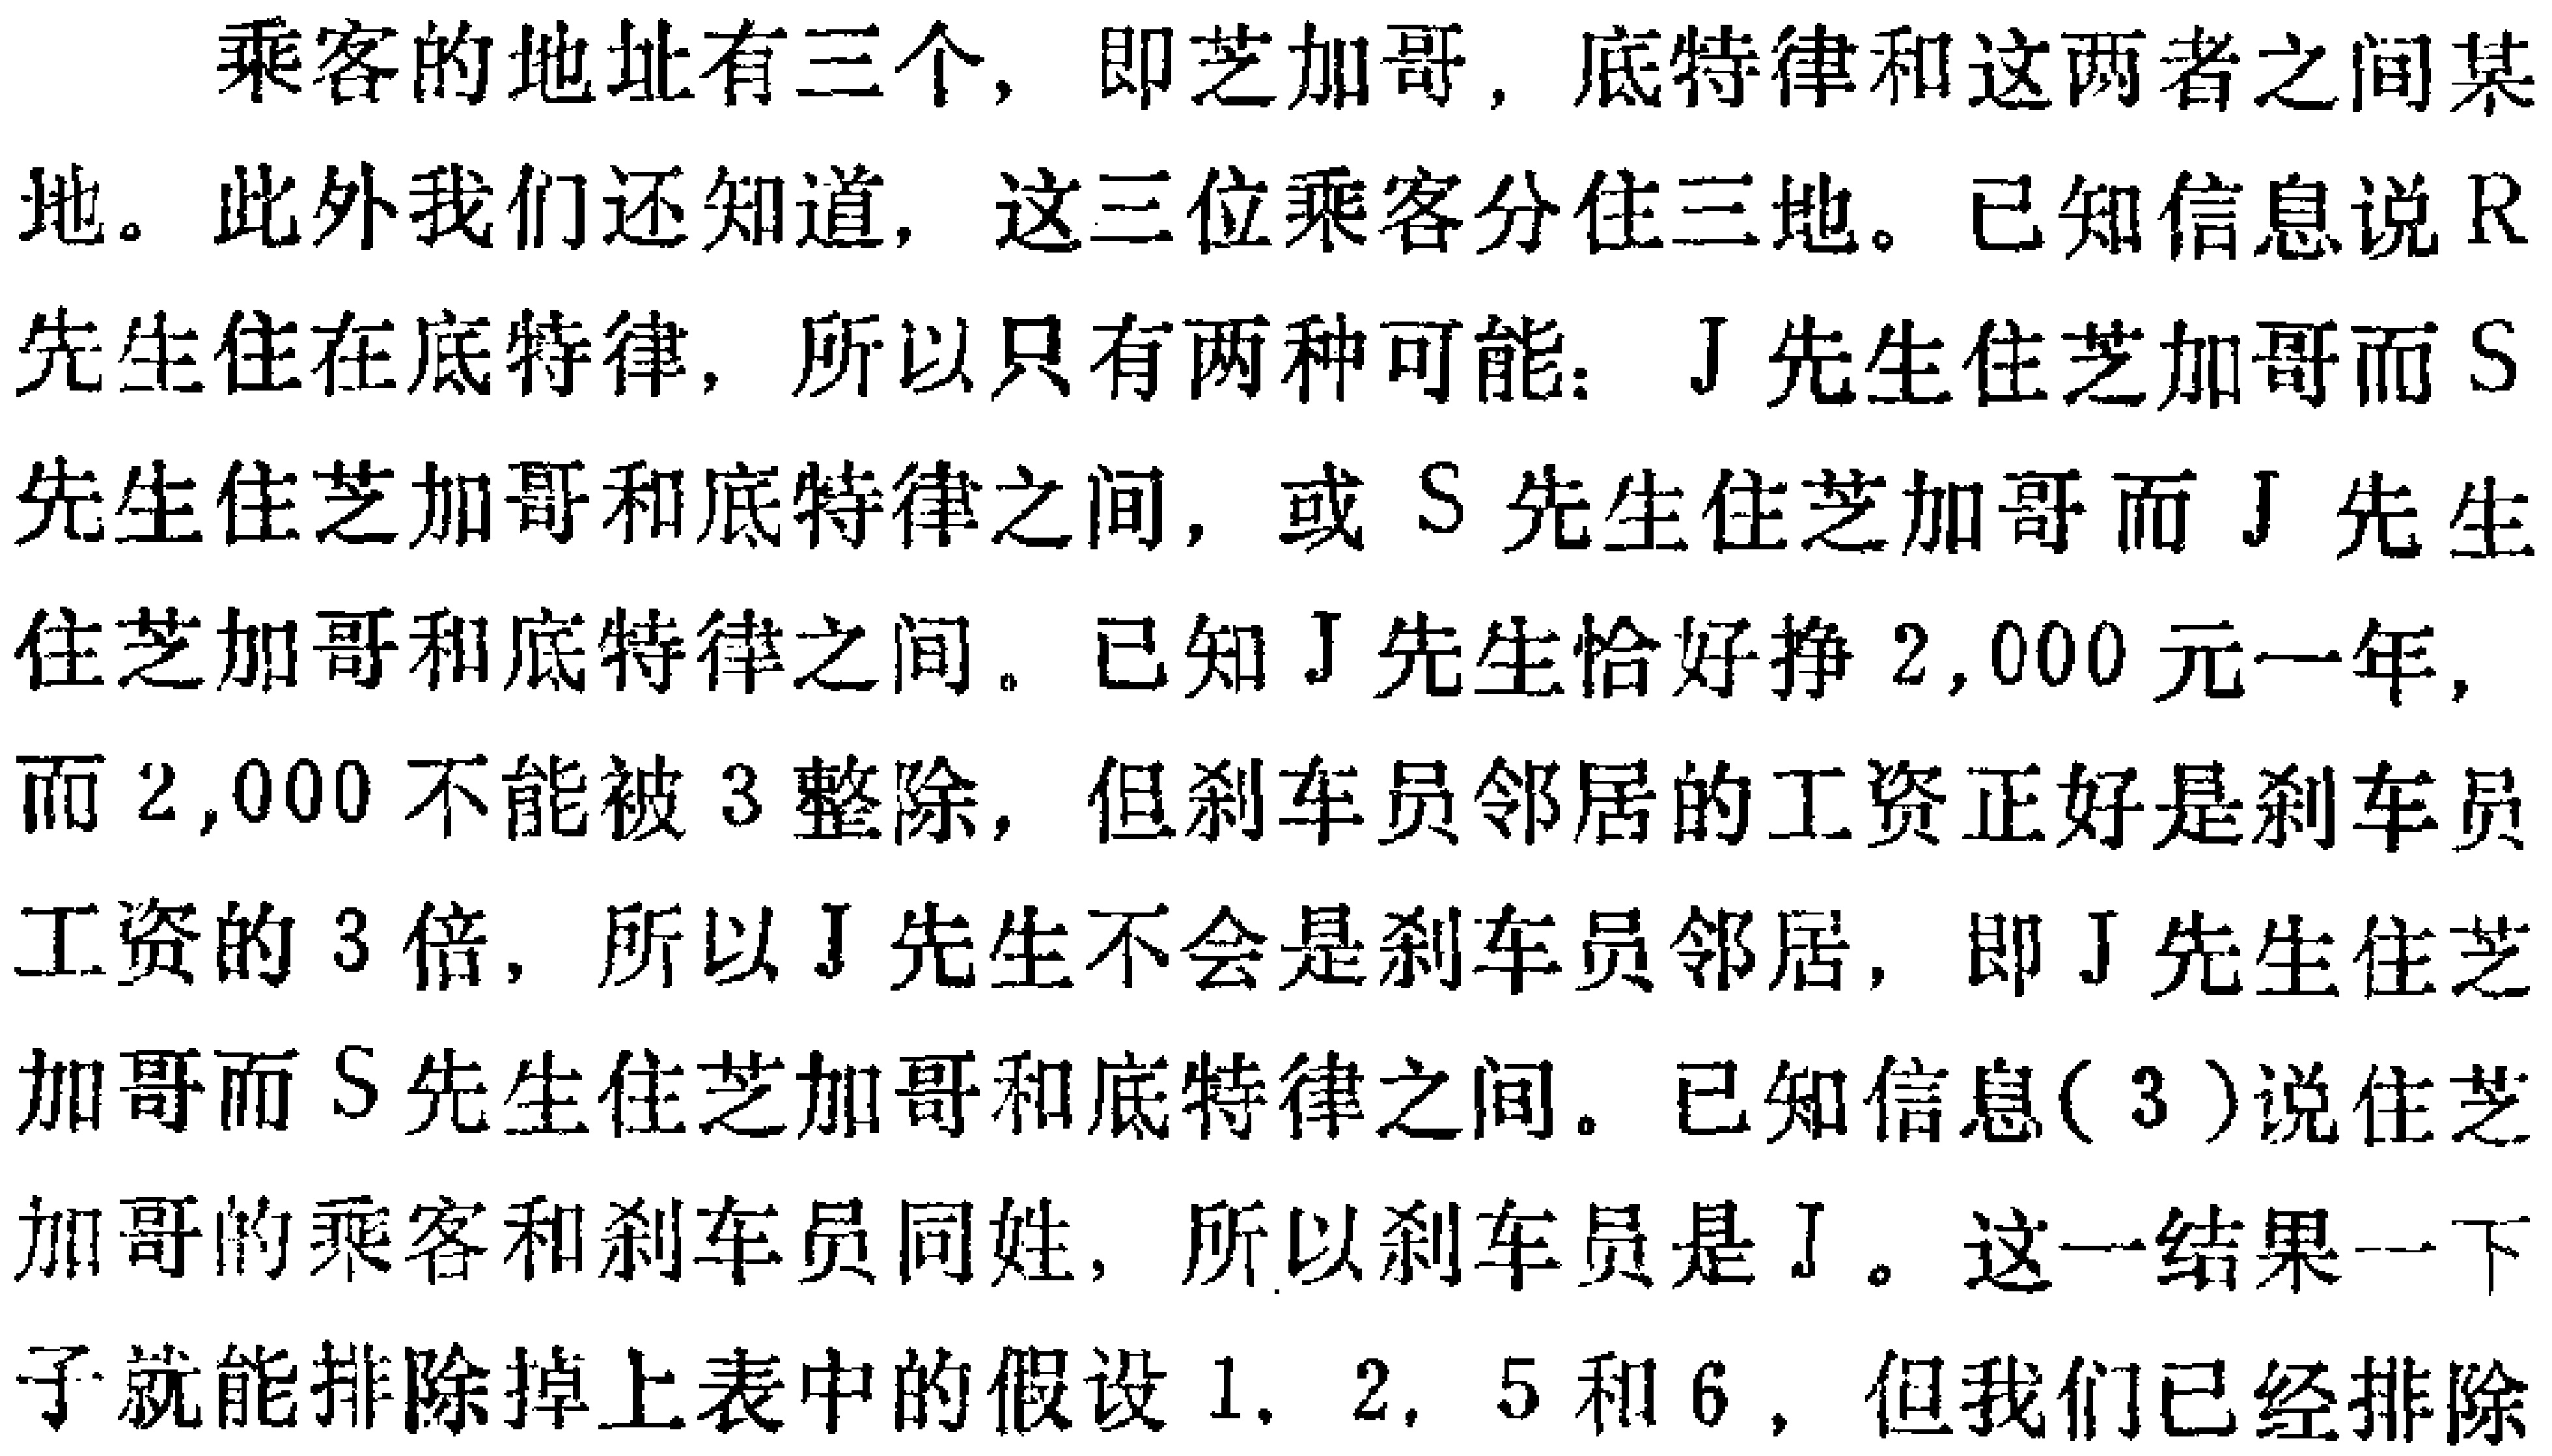
乘客的地址有三个，即芝加哥, 底特律和这两者之间某地。此外我们还知道, 这三位乘客分住三地。已知信息说R先生住在底特律, 所以只有两种可能：J先生住芝加哥而S先生住芝加哥和底特律之间，或S先生住芝加哥而J先生住芝加哥和底特律之间。已知J先生恰好挣2,000元一年, 而2,000不能被3整除, 但刹车员邻居的工资正好是刹车员工资的3倍, 所以J先生不会是刹车员邻居, 即J先生住芝加哥而S先生住芝加哥和底特律之间。已知信息(3)说住芝加哥的乘客和刹车员同姓, 所以刹车员是J。这一结果一下子就能排除掉上表中的假设1. 2, 5和6 , 但我们已经排除